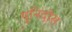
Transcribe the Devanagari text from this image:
युनिदोस